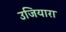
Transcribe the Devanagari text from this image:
उजियारा